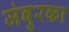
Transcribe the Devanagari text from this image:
जंबुरका